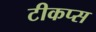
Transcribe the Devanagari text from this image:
टीकप्स